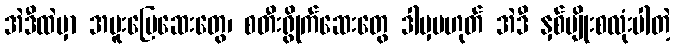
အဲဒီထဲမှာ အမူးပြေဆေးတွေ၊ စတီးရွိုက်ဆေးတွေ ဒါမှမဟုတ် အဲဒီ နှစ်မျိုးစလုံးပါတဲ့